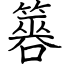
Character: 簭